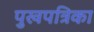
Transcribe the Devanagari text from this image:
पुखपत्रिका